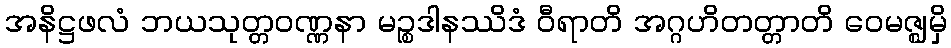
အနိဋ္ဌဖလံ ဘယသုတ္တဝဏ္ဏနာ မဉ္စဒါနဿိဒံ ဝီရာတိ အဂ္ဂဟိတတ္တာတိ ဝေမဇ္ဈမှိ